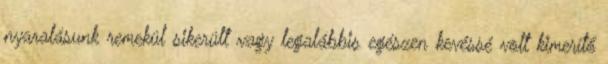
nyaralásunk remekül sikerült vagy legalábbis egészen kevéssé volt kimerítő